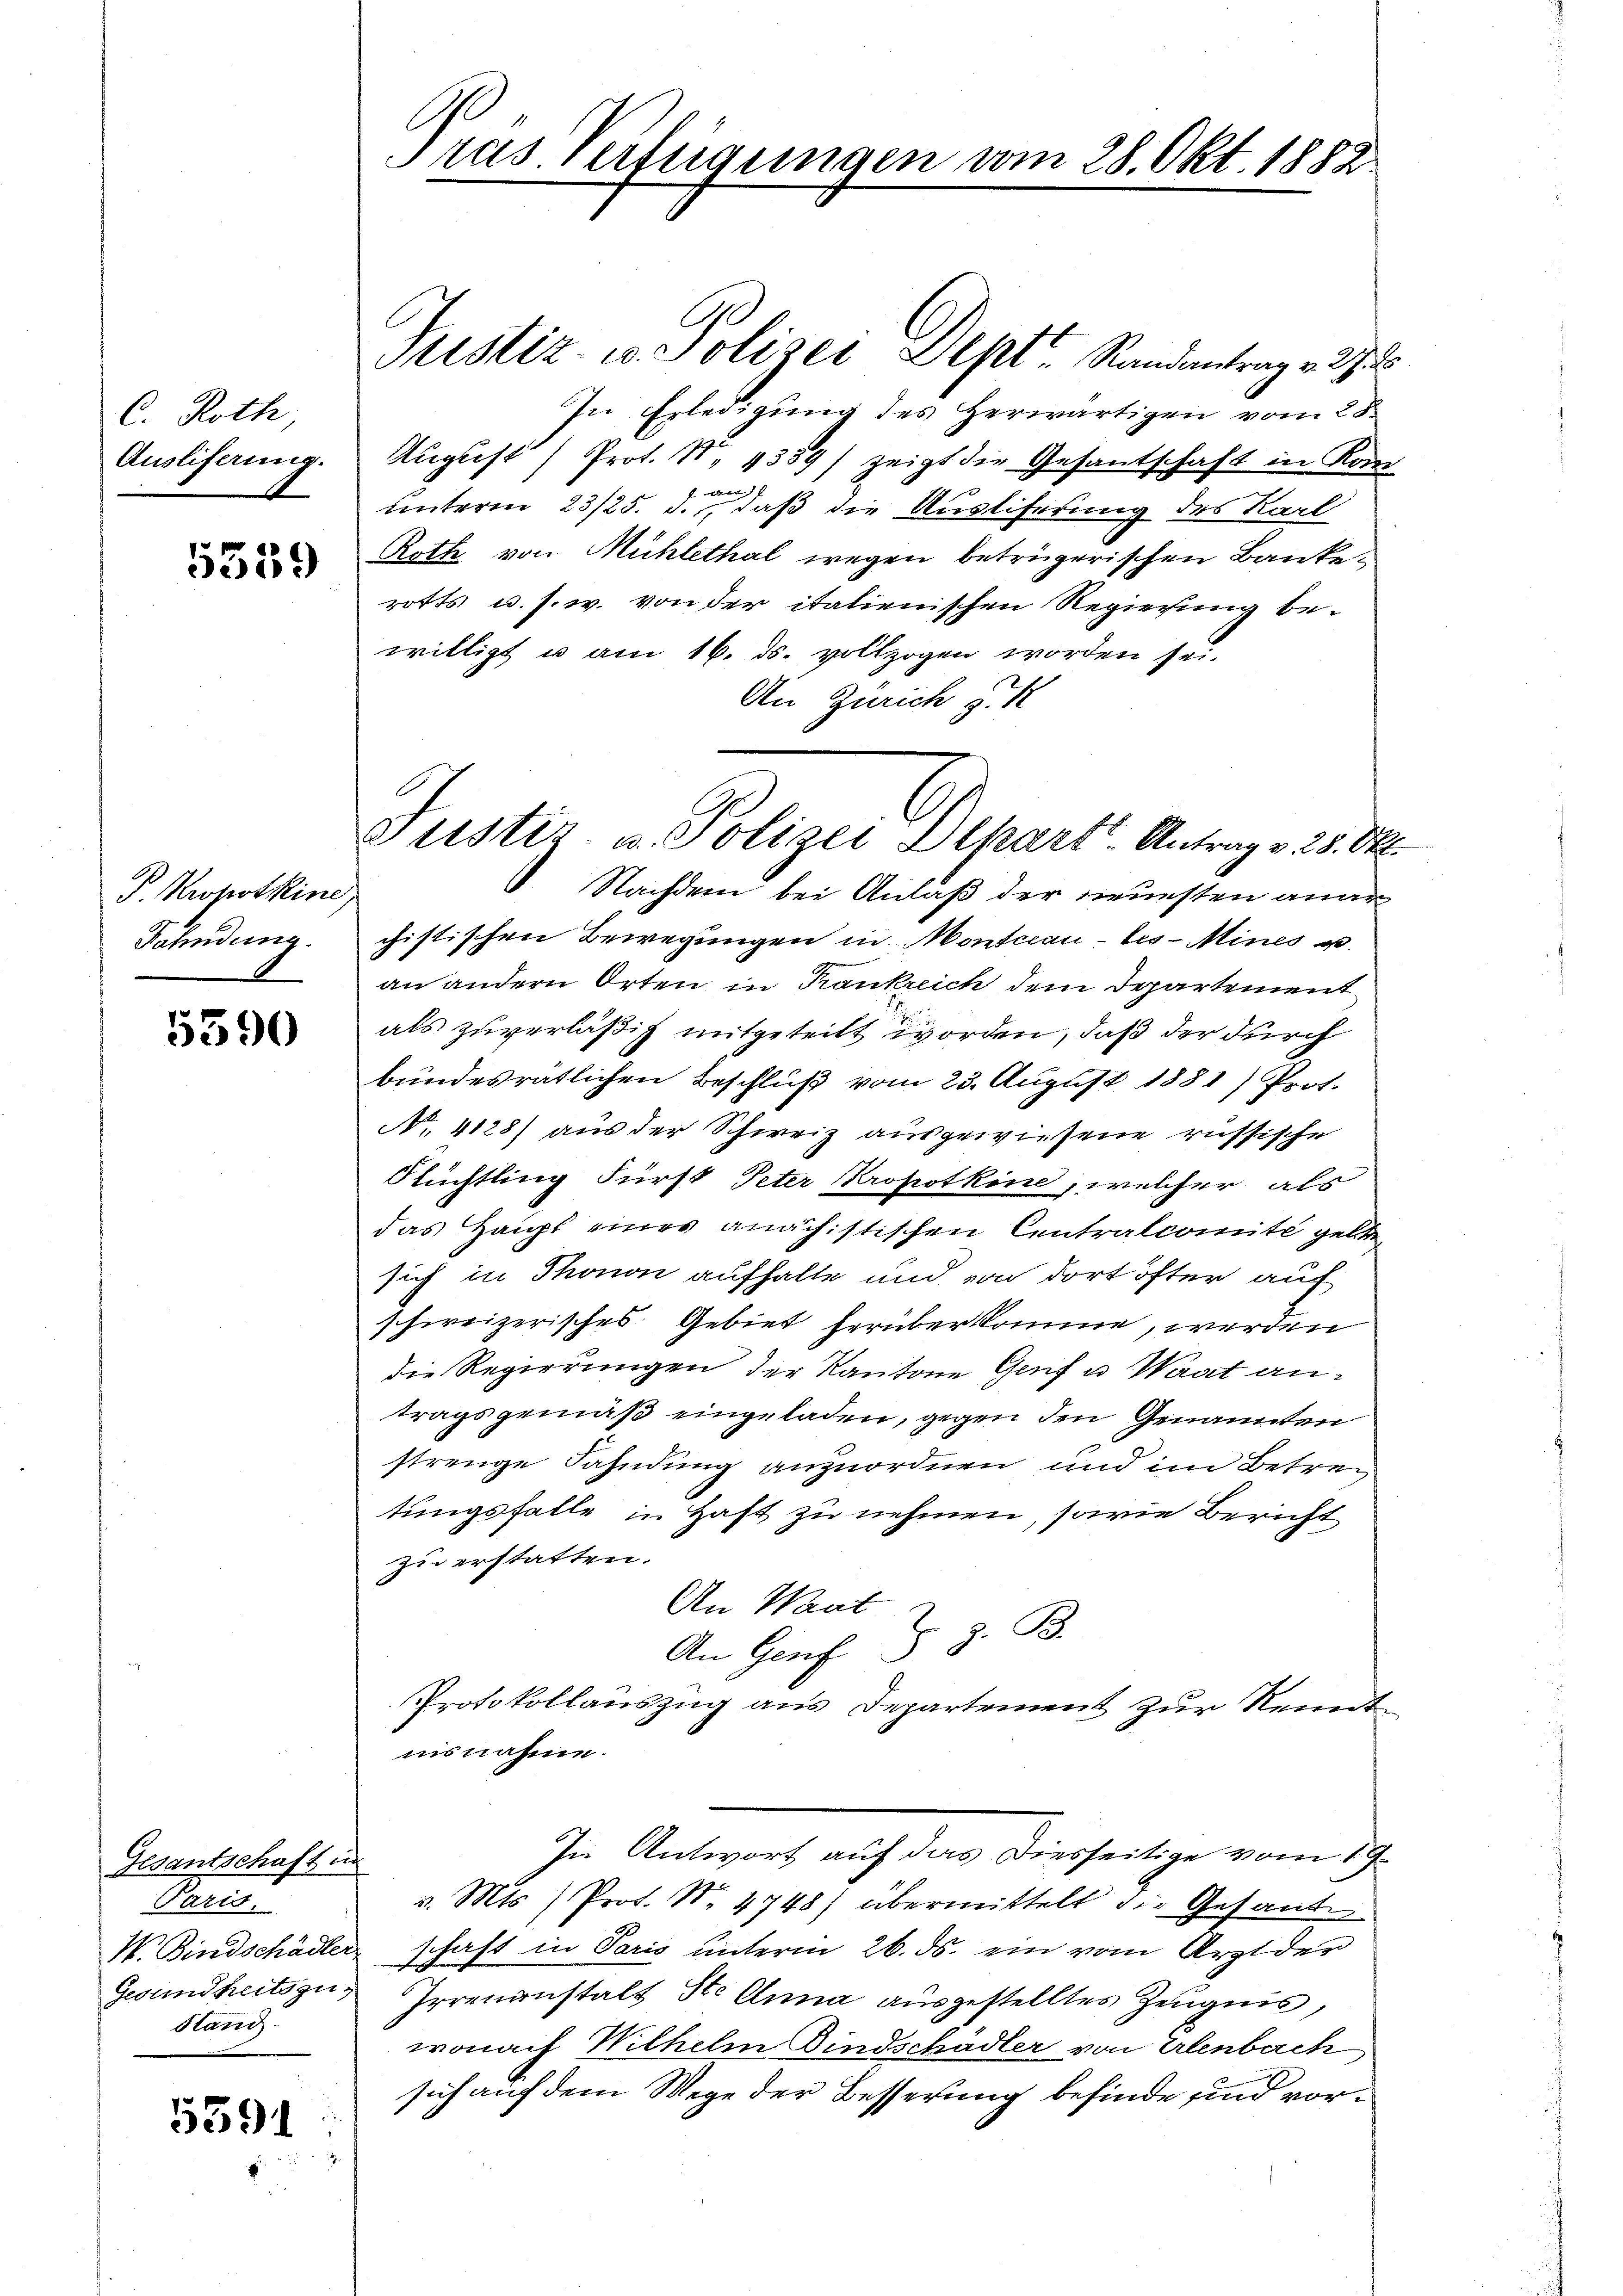
C. Roth
Ausliferung.

5359

P. Krokotkine,
Fahndung.

5390

Gesantschaft in
Paris.
H. Bindschädler
Gesundheitszu¬
Ständ

5391

C
Pras. verfügungen vom 28. Okt. 1882.

A
Justiz- u. Polizei Sept. Randantrag v. J.
In Erledigung des Herwärtigen vom 28.
August Prot. N. 1359) zeigt die Gesantschaft in Kon-
de
unterm 23/25. d., daß die Austiferung des Karl
Roth von Mühlethal wegen betrügerischen Bankerotts u. s. w. von der italienischen Regierung bewilligt u am 16. ds. vollzogen worden sei.
An Zürich z. K
 Nachdem bei Anlaß der neuesten anar
chistischen Bewegungen in Montccau-les-Mines u
an andern Orten in Trankreich dem Departement
als zuverläßig mitgeteilt worden, daß der durch
bundesrätlichen Beschluß vom 25. August 1881) Prof.
No. 4128) aus der Schweiz ausgewiesene russische
Flüchtling Fürst Peter Kropotkine, welcher als
das Haupt eines anähistischen Centralcomite gelten
sich in Thonon aufhalte und von dort öfter auf
schweizerisches Gebiet herüberkomme, werden
die Regierungen der Kantone Genf u. Waat antragsgemäß eingeladen, gegen den Genannten
strenge Fahndung anzuordnen und im Betretungsfalle in Haft zu nehmen, sowie Bericht
zu erstatten.
An Waat
Z. B.
An Genf
Protokollauszug aus Departement zur Kenntiisnahme.
In Antwort auf das Diesseitige vom 19.
v. Mts. ) Prof. N. 4748) übermittelt die Gesand
schaft in Paris unterm 26. ds. ein vom Arzt der
Irrenanstalt Ste Anna ausgestelltes Zeugnis,
wonach Wilhelm Bindschadler von Erlenbach
sich auf dem Wege der Besserung befinde und vor¬

Justiz- u. Polizei Depart - Antrag v. 28. Okt.